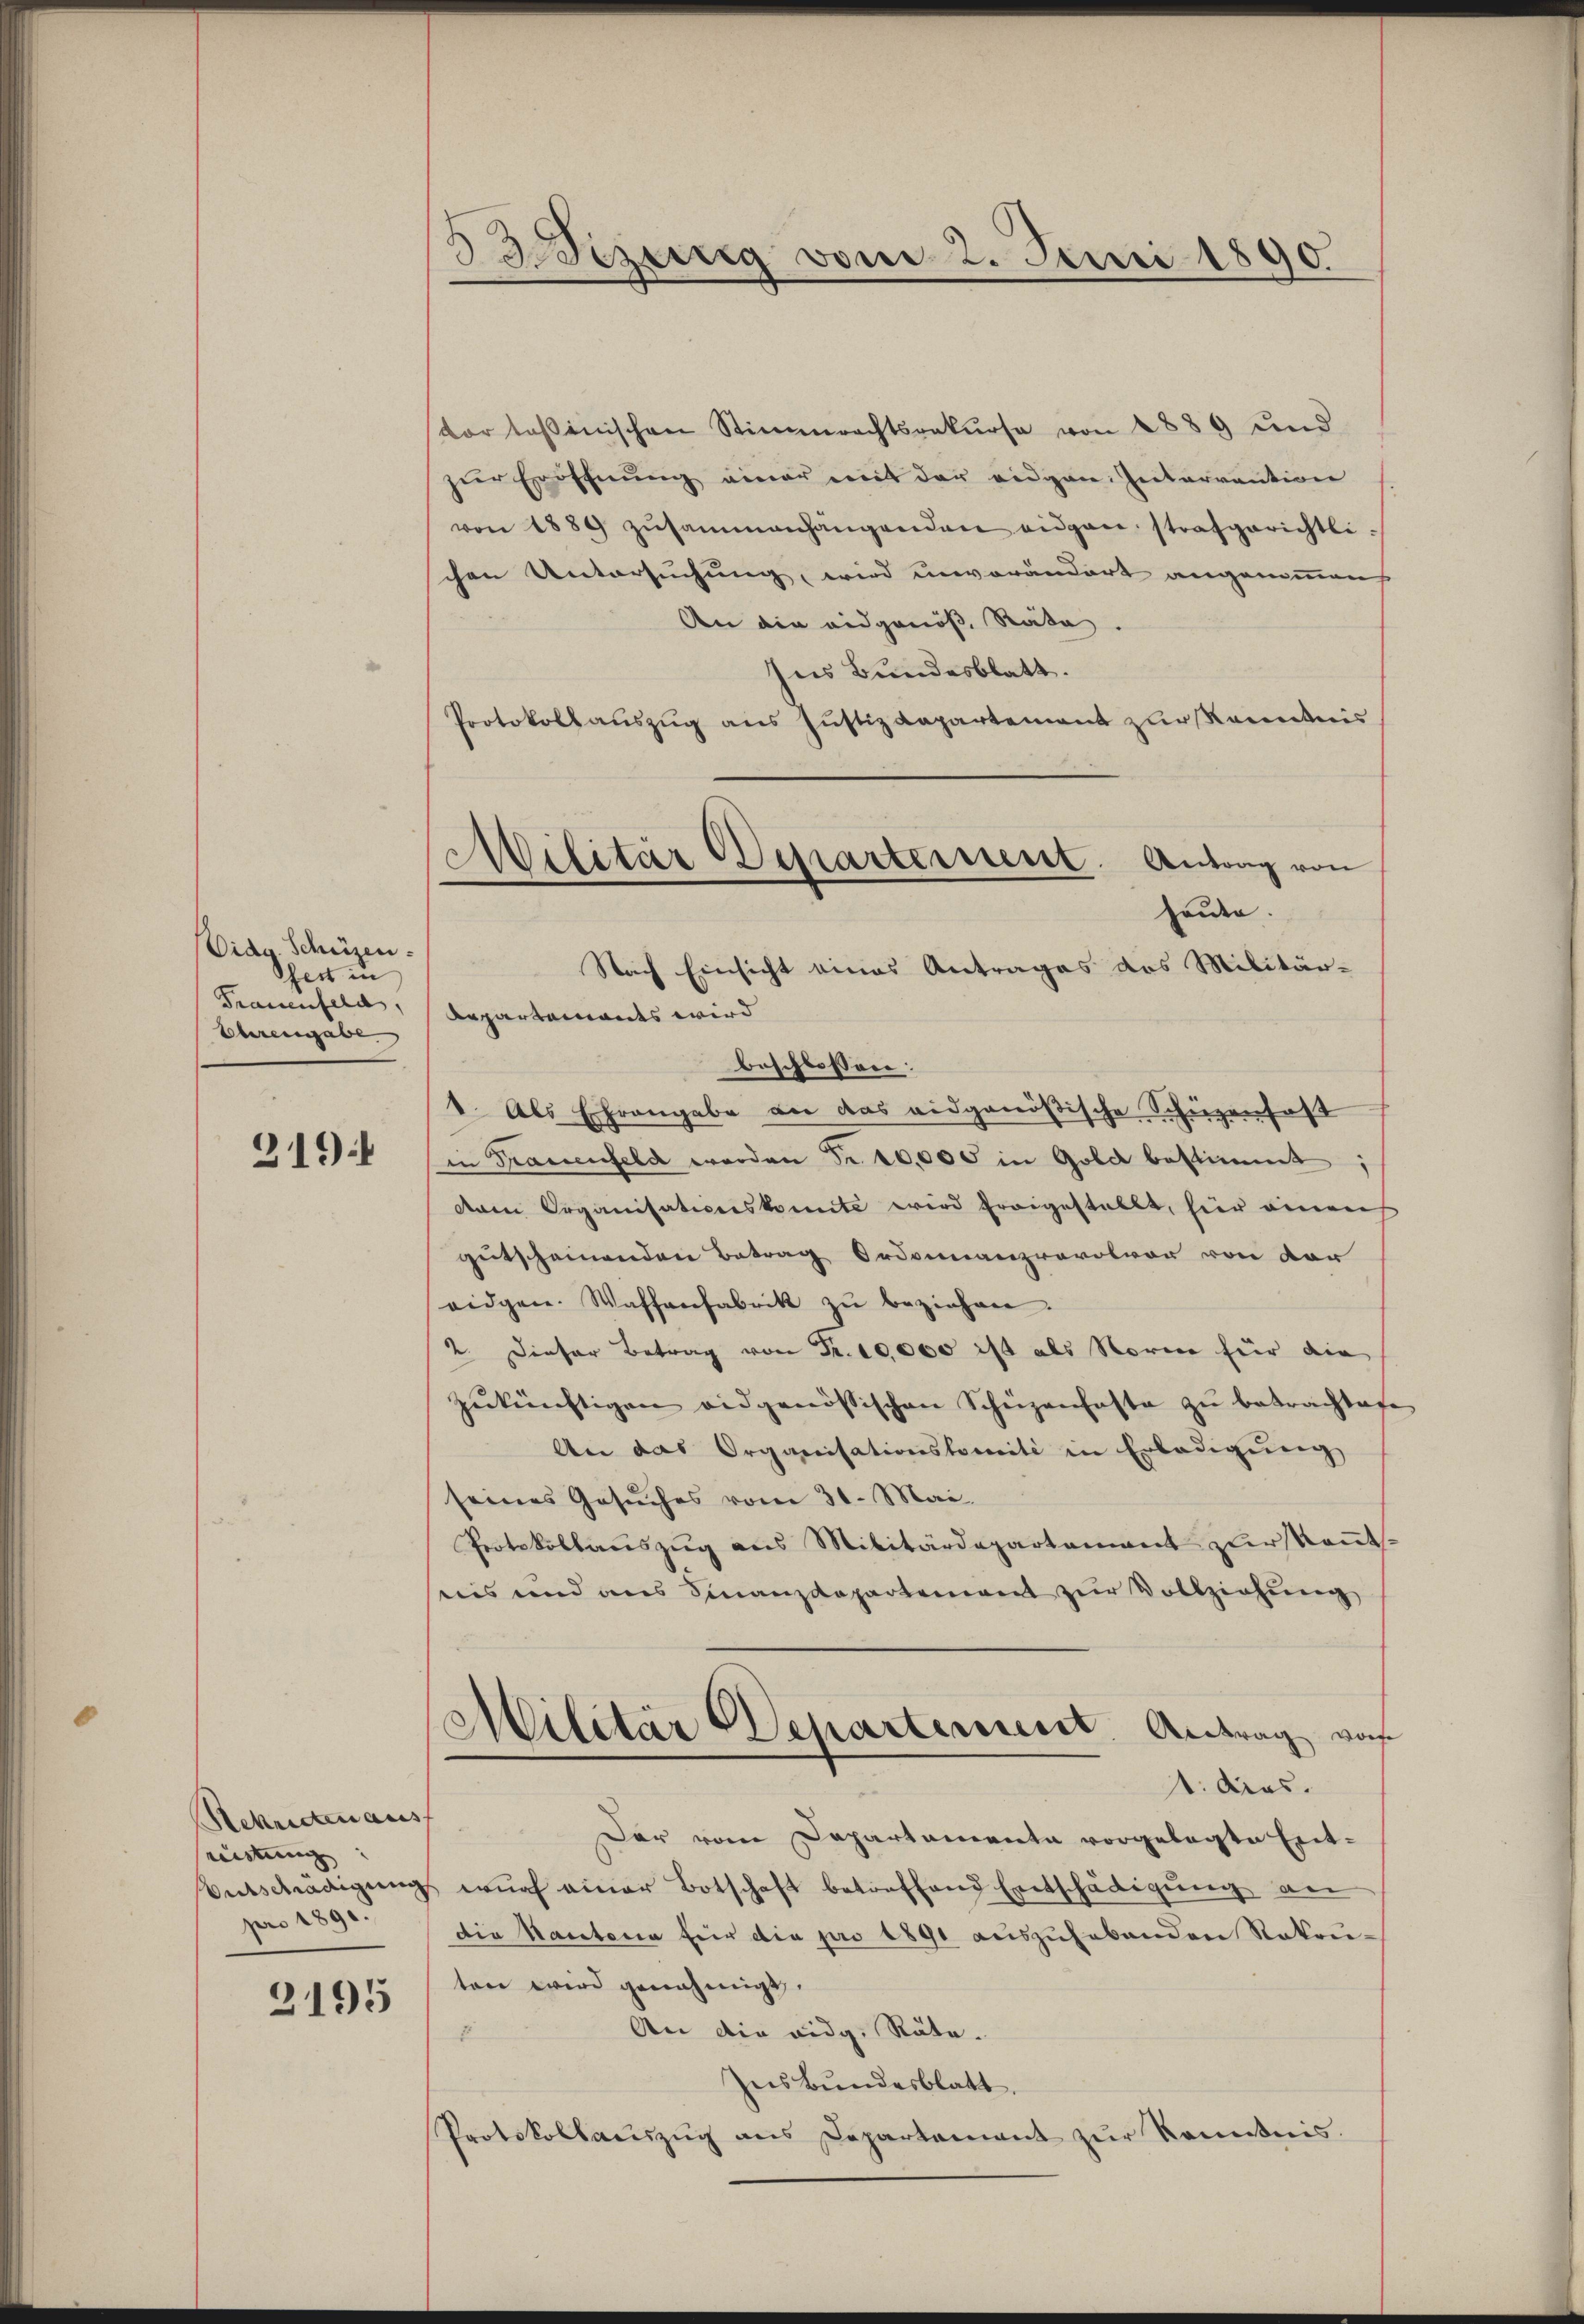
Didg. Schusen
Scheit in
Frauenfeld,
Ebereingabe.

319.

Rekrutenaus
ristung |
pro 1890.

2195

izung vom 2. Juni 1890.

dor toβenischen Stimmrechtsrekŭrse von 1889 und
zŭr Eröffnŭng einer mit der eidgen. Intervention
von 1889 zŭsammenhängenden eigen strafgerichtli-
chen Untersuchung wird unverändert angenommens
An die eidgenöß, Räte.
Ins Bundesblatt.
Protokollauszug aus Justiz Rapartement zur Kenntnis
heute.
Nach Einsicht eines Antrages das Militär-
Repartenants wird
beschlossen:
1. Als Ehrengabe an das eidgenößische Schüzenfast
in Trauenfeld worden Fr. 10,000 in Gold bestimmt;
dren Organisationskomite wird freigestellt, hier einen
getscheinenden Betrag Ordonnanzravolver von der
eidgen. Waffenfabrik zŭ beziehen.
2. Dieser Betrag von Fr. 10,000 ist als Norie für die
zŭkünftigen eidgenössischen Schüzenfaste zŭ betrachtete
An das Organisationskomiti in Erledigŭng
seines Gesuches vom 31. Mai.
Protokollauszug aus Militärdepartament zur Kenntreis und aus Finanzdepartement zur Vollziehung
Militär Departement. Antrag vo
1: dres.
Der vom Departamente vorgelegte Ent¬
Entschädigung wurf einer Botschaft betreffend Entschädigung an
die Kantona für die pro 1891 auszuhebenden Rekruton wird genehmigt.
An die eidg. Räte.
E
hes Bundesblatt.
Protokollaŭszŭg ans Departement zŭr Kenntnis.

Militär Departement. Antrag von